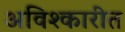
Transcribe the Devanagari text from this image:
अविश्कारीत